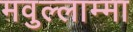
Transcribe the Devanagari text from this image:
मवुल्लाम्मा